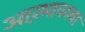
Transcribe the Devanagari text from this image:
आरंभावस्था